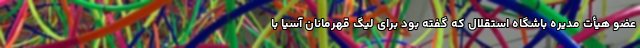
عضو هیأت مدیره باشگاه استقلال که گفته بود برای لیگ قهرمانان آسیا با